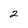
Character: 2